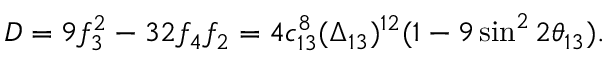
D = 9 f _ { 3 } ^ { 2 } - 3 2 f _ { 4 } f _ { 2 } = 4 c _ { 1 3 } ^ { 8 } ( \Delta _ { 1 3 } ) ^ { 1 2 } ( 1 - 9 \sin ^ { 2 } 2 \theta _ { 1 3 } ) .